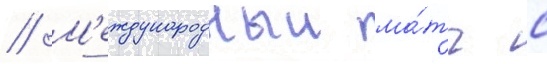
// М'еждународныи ма́тч с